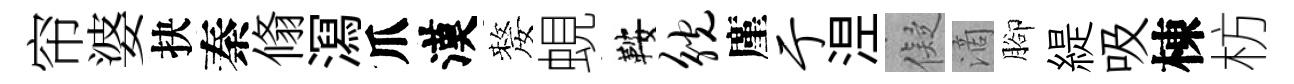
帘婆抉秦翛㵼爪漢嫠蜆鞍觥廑亍𣵀儗滴腳緹吸棟枋